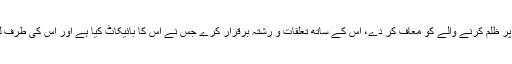
یہ مکارم اخلاق میں سے ہے کہ انسان اس پر ظلم کرنے والے کو معاف کر دے، اس کے ساتھ تعلقات و رشتہ برقرار کرے جس نے اس کا بائیکاٹ کیا ہے اور اس کی طرف لوٹ کر جائے جس نے اسے چھوڑ دیا ہے۔